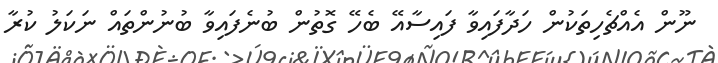
ނޫން އެއްޗެހިތަކުން ހަދާފައިވާ ފައިސާއޭ ބެހޭ ގޮތުން ބުނެފައިވާ ބުނުންތައް ނަކަލު ކުރާ